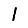
Digit: 1